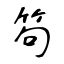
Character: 笱